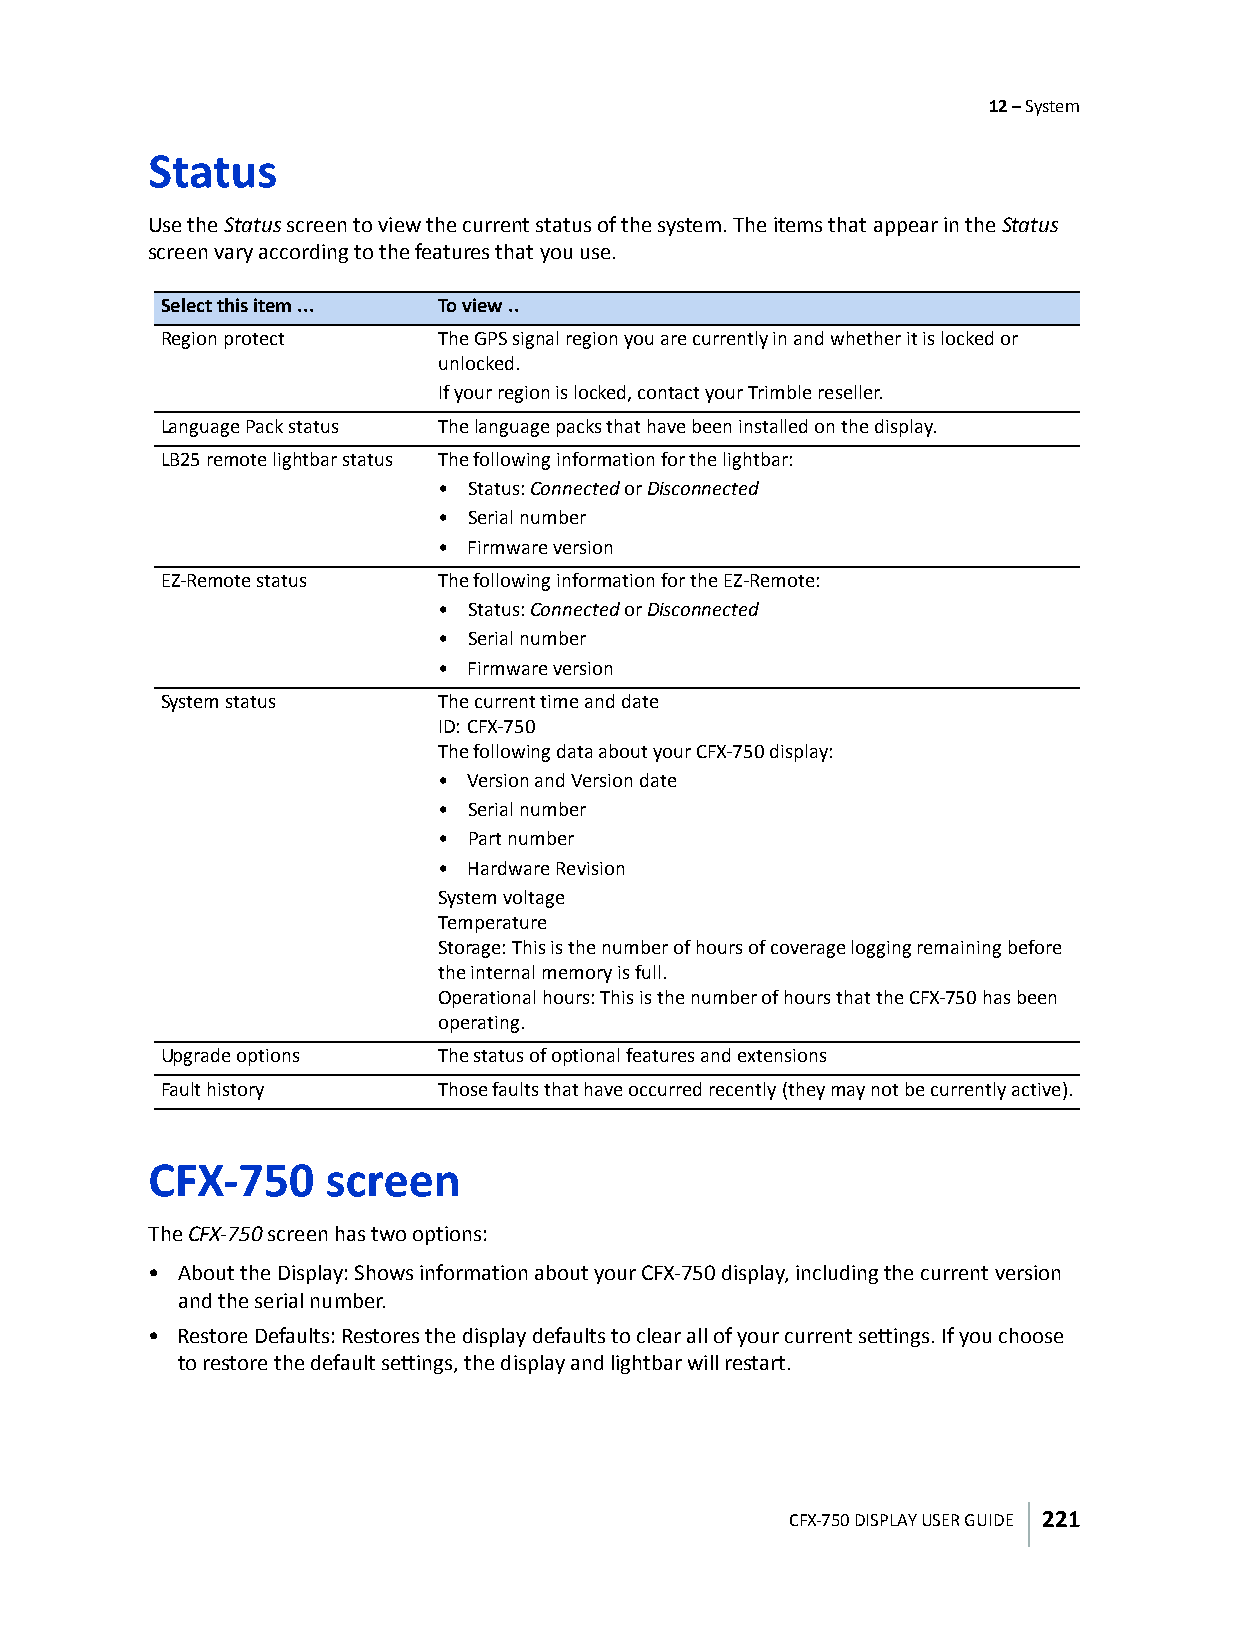
12 – System
 Status
 Use the Status screen to view the current status of the system. The items that appear in the Status
 screen vary according to the features that you use.
 Select this item ... To view ..
 Region protect    The GPS signal region you are currently in and whether it is locked or
 unlocked.
 If your region is locked, contact your Trimble reseller.
 Language Pack status The language packs that have been installed on the display.
 LB25 remote lightbar status The following information for the lightbar:
 • Status: Connected or Disconnected
 • Serial number
 • Firmware version
 EZ-Remote status  The following information for the EZ-Remote:
 • Status: Connected or Disconnected
 • Serial number
 • Firmware version
 System status     The current time and date
 ID: CFX-750
 The following data about your CFX-750 display:
 • Version and Version date
 • Serial number
 • Part number
 • Hardware Revision
 System voltage
 Temperature
 Storage: This is the number of hours of coverage logging remaining before
 the internal memory is full.
 Operational hours: This is the number of hours that the CFX-750 has been
 operating.
 Upgrade options   The status of optional features and extensions
 Fault history     Those faults that have occurred recently (they may not be currently active).
 CFX-750     screen
 The CFX-750 screen has two options:
 • About the Display: Shows information about your CFX-750 display, including the current version
 and the serial number.
 • Restore Defaults: Restores the display defaults to clear all of your current settings. If you choose
 to restore the default settings, the display and lightbar will restart.
 CFX-750 DISPLAY USER GUIDE 221